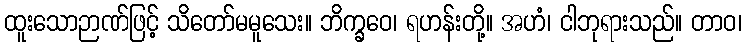
ထူးသောဉာဏ်ဖြင့် သိတော်မမူသေး။ ဘိက္ခဝေ၊ ရဟန်းတို့။ အဟံ၊ ငါဘုရားသည်။ တာဝ၊